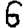
Digit: 6